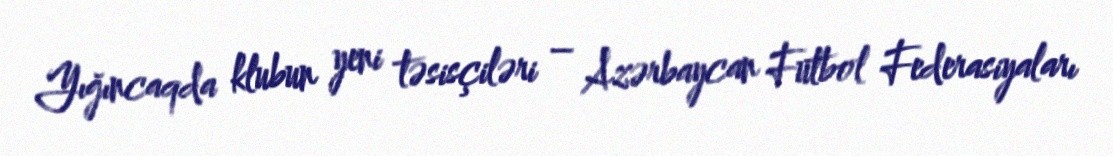
Yığıncaqda klubun yeni təsisçiləri – Azərbaycan Futbol Federasiyaları